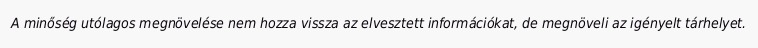
A minőség utólagos megnövelése nem hozza vissza az elvesztett információkat, de megnöveli az igényelt tárhelyet.